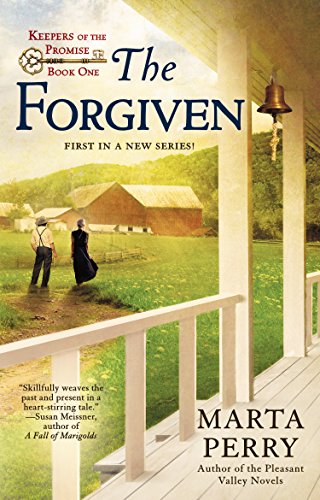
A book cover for The Forgiven: Keepers of the Promise: Book One; Marta Perry; Romance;